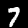
Digit: 7